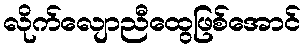
လိုက်လျောညီထွေဖြစ်အောင်